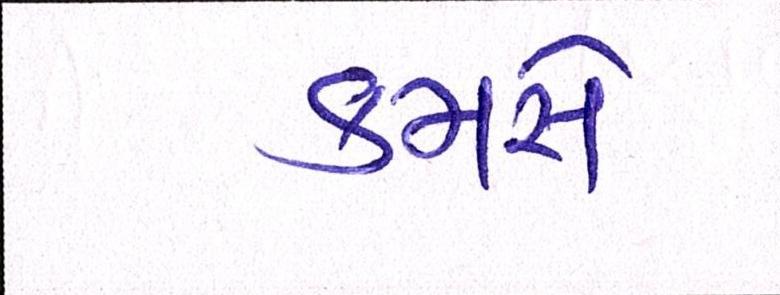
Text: કમસે